Indian journal of veterinary science and animal husbandry - Volumes 15-17, 1948-1951
Year: 1948
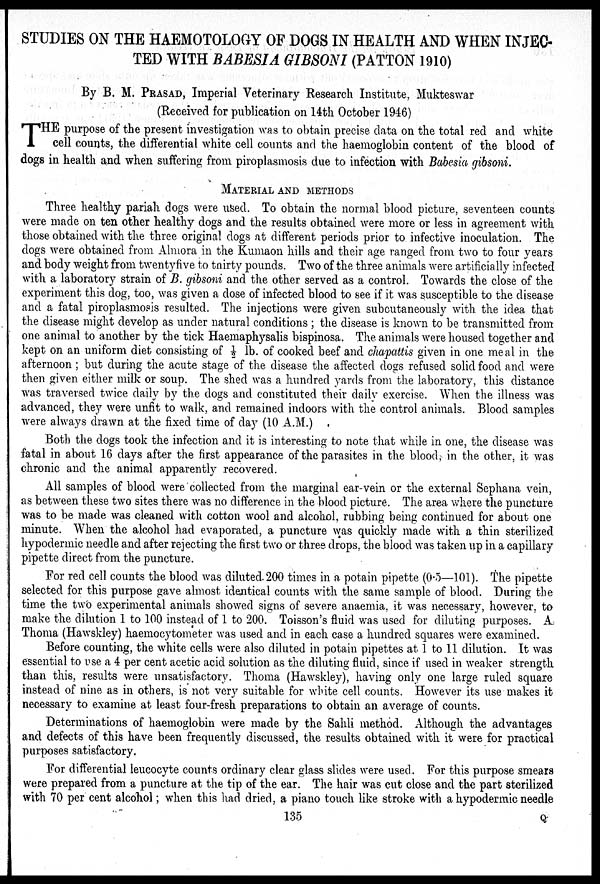
STUDIES ON THE HAEMOTOLOGY OF DOGS IN HEALTH AND WHEN INJEC-
TED WITH BABESIA GIBSONI (PATTON 1910)
By B. M. PRASAD, Imperial Veterinary Research Institute, Mukteswar
(Received for publication on 14th October 1946)
T HE purpose of the present investigation was to obtain precise data on the total red and white
cell counts, the differential white cell counts and the haemoglobin content of the blood of
dogs in health and when suffering from piroplasmosis due to infection with Babesia gibsoni.
MATERIAL AND METHODS
Three healthy pariah dogs were used. To obtain the normal blood picture, seventeen counts
were made on ten other healthy dogs and the results obtained were more or less in agreement with
those obtained with the three original dogs at different periods prior to infective inoculation. The
dogs were obtained from Almora in the Kumaon hills and their age ranged from two to four years
and body weight from twentyfive to thirty pounds. Two of the three animals were artificially infected
with a laboratory strain of B. gibsoni and the other served as a control. Towards the close of the
experiment this dog, too, was given a dose of infected blood to see if it was susceptible to the disease
and a fatal piroplasmosis resulted. The injections were given subcutaneously with the idea that
the disease might develop as under natural conditions ; the disease is known to be transmitted from
one animal to another by the tick Haemaphysalis bispinosa. The animals were housed together and
kept on an uniform diet consisting of ½ lb. of cooked beef and chapattis given in one meal in the
afternoon ; but during the acute stage of the disease the affected dogs refused solid food and were
then given either milk or soup. The shed was a hundred yards from the laboratory, this distance
was traversed twice daily by the dogs and constituted their daily exercise. When the illness was
advanced, they were unfit to walk, and remained indoors with the control animals. Blood samples
were always drawn at the fixed time of day (10 A.M.)
Both the dogs took the infection and it is interesting to note that while in one, the disease was
fatal in about 16 days after the first appearance of the parasites in the blood, in the other, it was
chronic and the animal apparently recovered.
All samples of blood were collected from the marginal ear-vein or the external Sephana vein,
as between these two sites there was no difference in the blood picture. The area where the puncture
was to be made was cleaned with cotton wool and alcohol, rubbing being continued for about one
minute. When the alcohol had evaporated, a puncture was quickly made with a thin sterilized
hypodermic needle and after rejecting the first two or three drops, the blood was taken up in a capillary
pipette direct from the puncture.
For red cell counts the blood was diluted. 200 times in a potain pipette (0.5—101). The pipette
selected for this purpose gave almost identical counts with the same sample of blood. During the
time the two experimental animals showed signs of severe anaemia, it was necessary, however, to
make the dilution 1 to 100 instead of 1 to 200. Toisson's fluid was used for diluting purposes. A
Thoma (Hawskley) haemocytometer was used and in each case a hundred squares were examined.
Before counting, the white cells were also diluted in potain pipettes at 1 to 11 dilution. It was
essential to use a 4 per cent acetic acid solution as the diluting fluid, since if used in weaker strength
than this, results were unsatisfactory. Thoma (Hawskley), having only one large ruled square
instead of nine as in others, is not very suitable for white cell counts. However its use makes it
necessary to examine at least four-fresh preparations to obtain an average of counts.
Determinations of haemoglobin were made by the Sahli method. Although the advantages
and defects of this have been frequently discussed, the results obtained with it were for practical
purposes satisfactory.
For differential leucocyte counts ordinary clear glass slides were used. For this purpose smears
were prepared from a puncture at the tip of the ear. The hair was cut close and the part sterilized
with 70 per cent alcohol; when this had dried, a piano touch like stroke with a hypodermic needle
135
Q